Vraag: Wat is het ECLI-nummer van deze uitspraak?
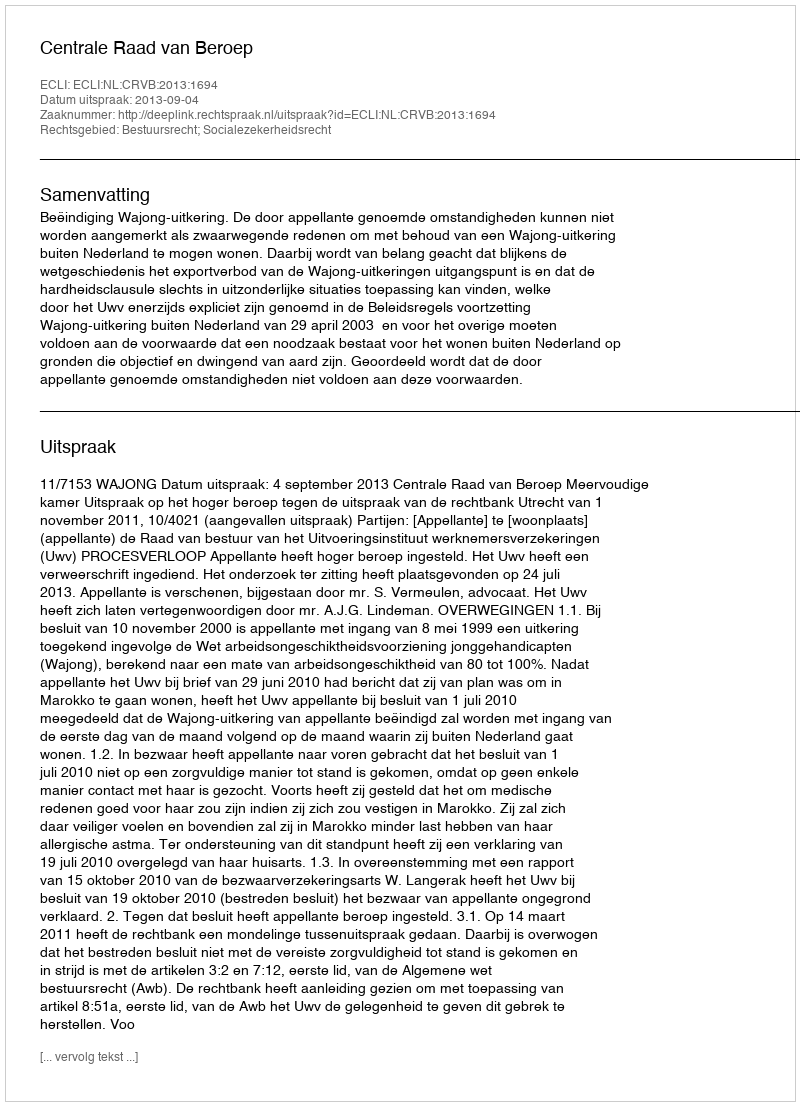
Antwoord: ECLI:NL:CRVB:2013:1694